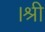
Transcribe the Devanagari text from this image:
।श्री